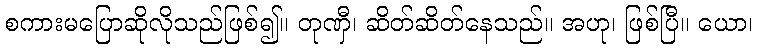
စကားမပြောဆိုလိုသည်ဖြစ်၍။ တုဏှီ၊ ဆိတ်ဆိတ်နေသည်။ အဟု၊ ဖြစ်ပြီ။ ယော၊